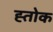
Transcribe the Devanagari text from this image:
ह्तोक